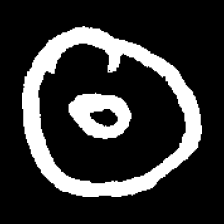
Pyu character \u2014 Myanmar letter: ထ (romanized: tha)